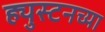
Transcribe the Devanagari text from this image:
ह्युस्टनच्या